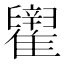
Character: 𬯶